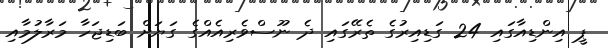
ޕީ އިންޑިއާގައި 24 ގަޑިއިރުގެ ތެރޭގައި ދެ ނޫސްވެރިއެއްގެ ގަޔަށް ބަޑިޖަހާ މަރާލުމާއި